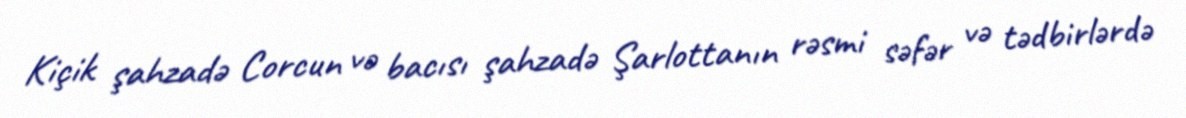
Kiçik şahzadə Corcun və bacısı şahzadə Şarlottanın rəsmi səfər və tədbirlərdə